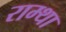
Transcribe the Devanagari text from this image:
राम्था